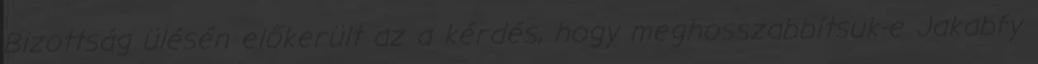
Bizottság ülésén előkerült az a kérdés, hogy meghosszabbítsuk-e Jakabfy